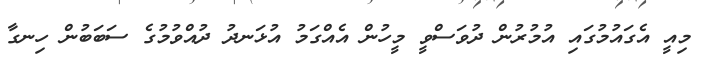
މިއީ އެގައުމުގައި އުމުރުން ދުވަސްވީ މީހުން އެއްގަމު އުޅަނދު ދުއްވުމުގެ ސަބަބުން ހިނގާ